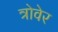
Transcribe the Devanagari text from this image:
त्रोवेर